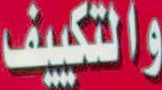
والتكييف